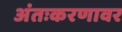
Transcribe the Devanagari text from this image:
अंतःकरणावर